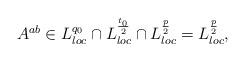
LaTeX: \begin{align*} A^{ab}\in L^{q_0}_{loc} \cap L^{\frac{t_0}{2}}_{loc} \cap L^{\frac{p}{2}}_{loc}=L^{\frac{p}{2}}_{loc},\end{align*}